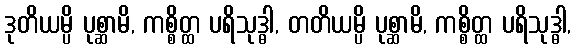
ဒုတိယမ္ပိ ပုစ္ဆာမိ, ကစ္စိတ္ထ ပရိသုဒ္ဓါ, တတိယမ္ပိ ပုစ္ဆာမိ, ကစ္စိတ္ထ ပရိသုဒ္ဓါ,